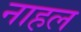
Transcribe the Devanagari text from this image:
नाहल